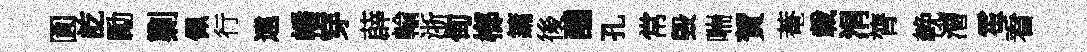
圎訖勵剿佩行遠幡穿薜輸浙甸榔鏞後醺孔常毀喘賀菴載涓膂輓漕霍看